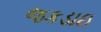
જકડાઇ